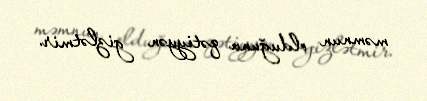
məmnun olduğunu qətiyyən gizlətmir.